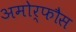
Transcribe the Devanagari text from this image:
अमोर्फौस